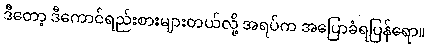
ဒီတော့ ဒီကောင်ရည်းစားများတယ်လို့ အရပ်က အပြောခံရပြန်ရော။